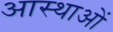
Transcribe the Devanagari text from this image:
आस्‍थाओं